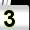
Digit: 3